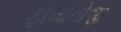
ફોલોનોજી